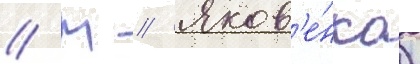
// М // Яков'е́нко)